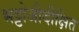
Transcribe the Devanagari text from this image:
भट्टोजीदीक्षित